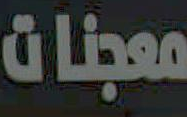
معجنات